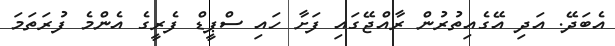
އެބަދޭ. އަދި އޭގެއިތުރުން ރާއްޖޭގައި ފަށާ ހައި ސްޕީޑް ފެރީގެ އެންމެ ފުރަތަމަ